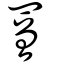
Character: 罾